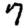
Digit: 7